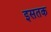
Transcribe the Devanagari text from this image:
इसतक